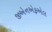
જીએનએફએલ